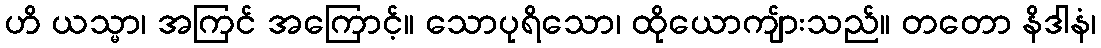
ဟိ ယသ္မာ၊ အကြင် အကြောင့်။ သောပုရိသော၊ ထိုယောကျ်ားသည်။ တတော နိဒါနံ၊